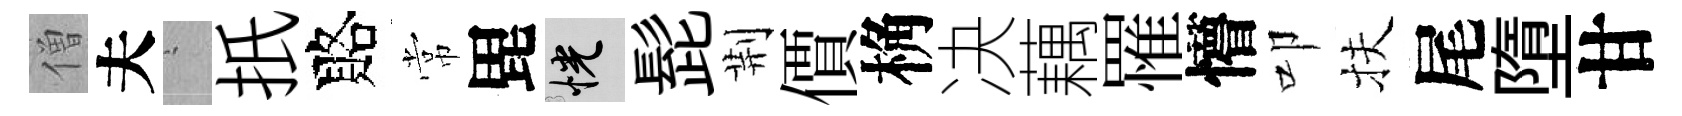
僧夫搖扺賂常毘恍髭荆價桷决藕罹懵叩扶尾墮甘